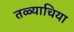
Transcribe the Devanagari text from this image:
तळ्याचिया